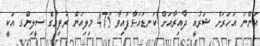
އަންނަ އަހަރަށް ޝަރުއީ ދާއިރާއަށް ކަނޑައަޅާފައިވާ 475 މިލިއަން ރުފިޔާގެ ސީލިންގ އަކީ